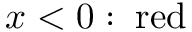
x < 0 : \; { \mathrm { r e d } }